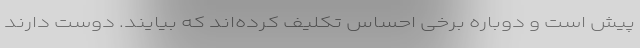
پیش است و دوباره برخی احساس تکلیف کرده‌اند که بیایند. دوست دارند